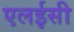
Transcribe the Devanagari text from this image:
एलईसी